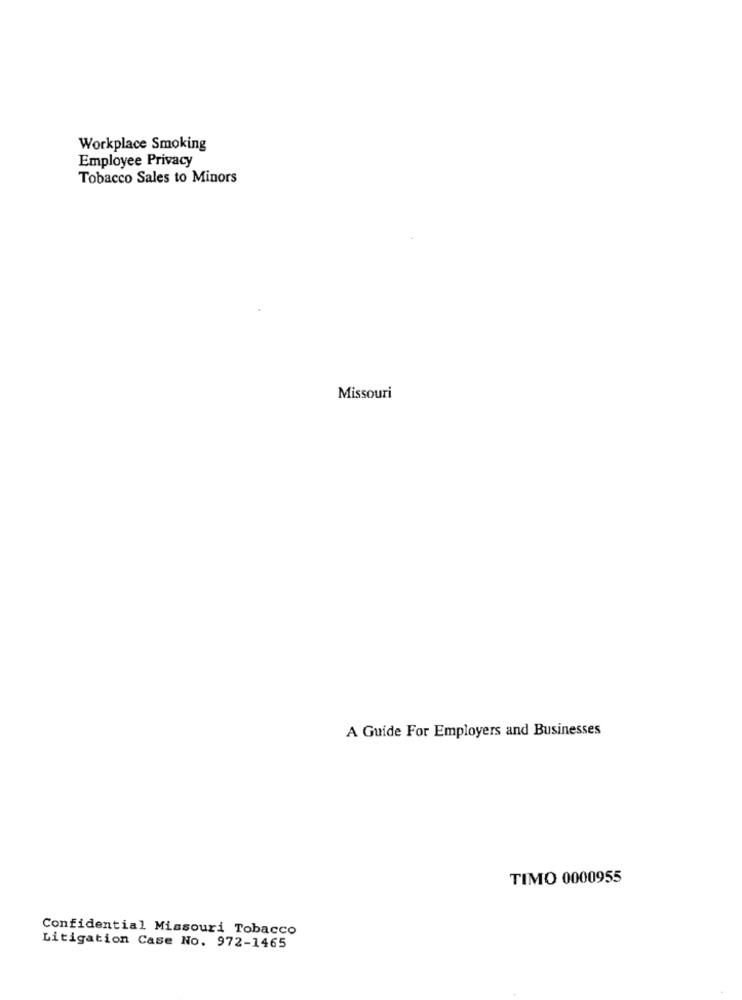
Workplace Smoking
Employee Privacy
Tobacco Sales to Minors
Missouri
A Guide For Employers and Businesses
TIMO 0000955
Confidential Missouri Tobacco
Litigation Case No. 972-1465